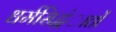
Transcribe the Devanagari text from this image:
धर्मसिद्धंातों